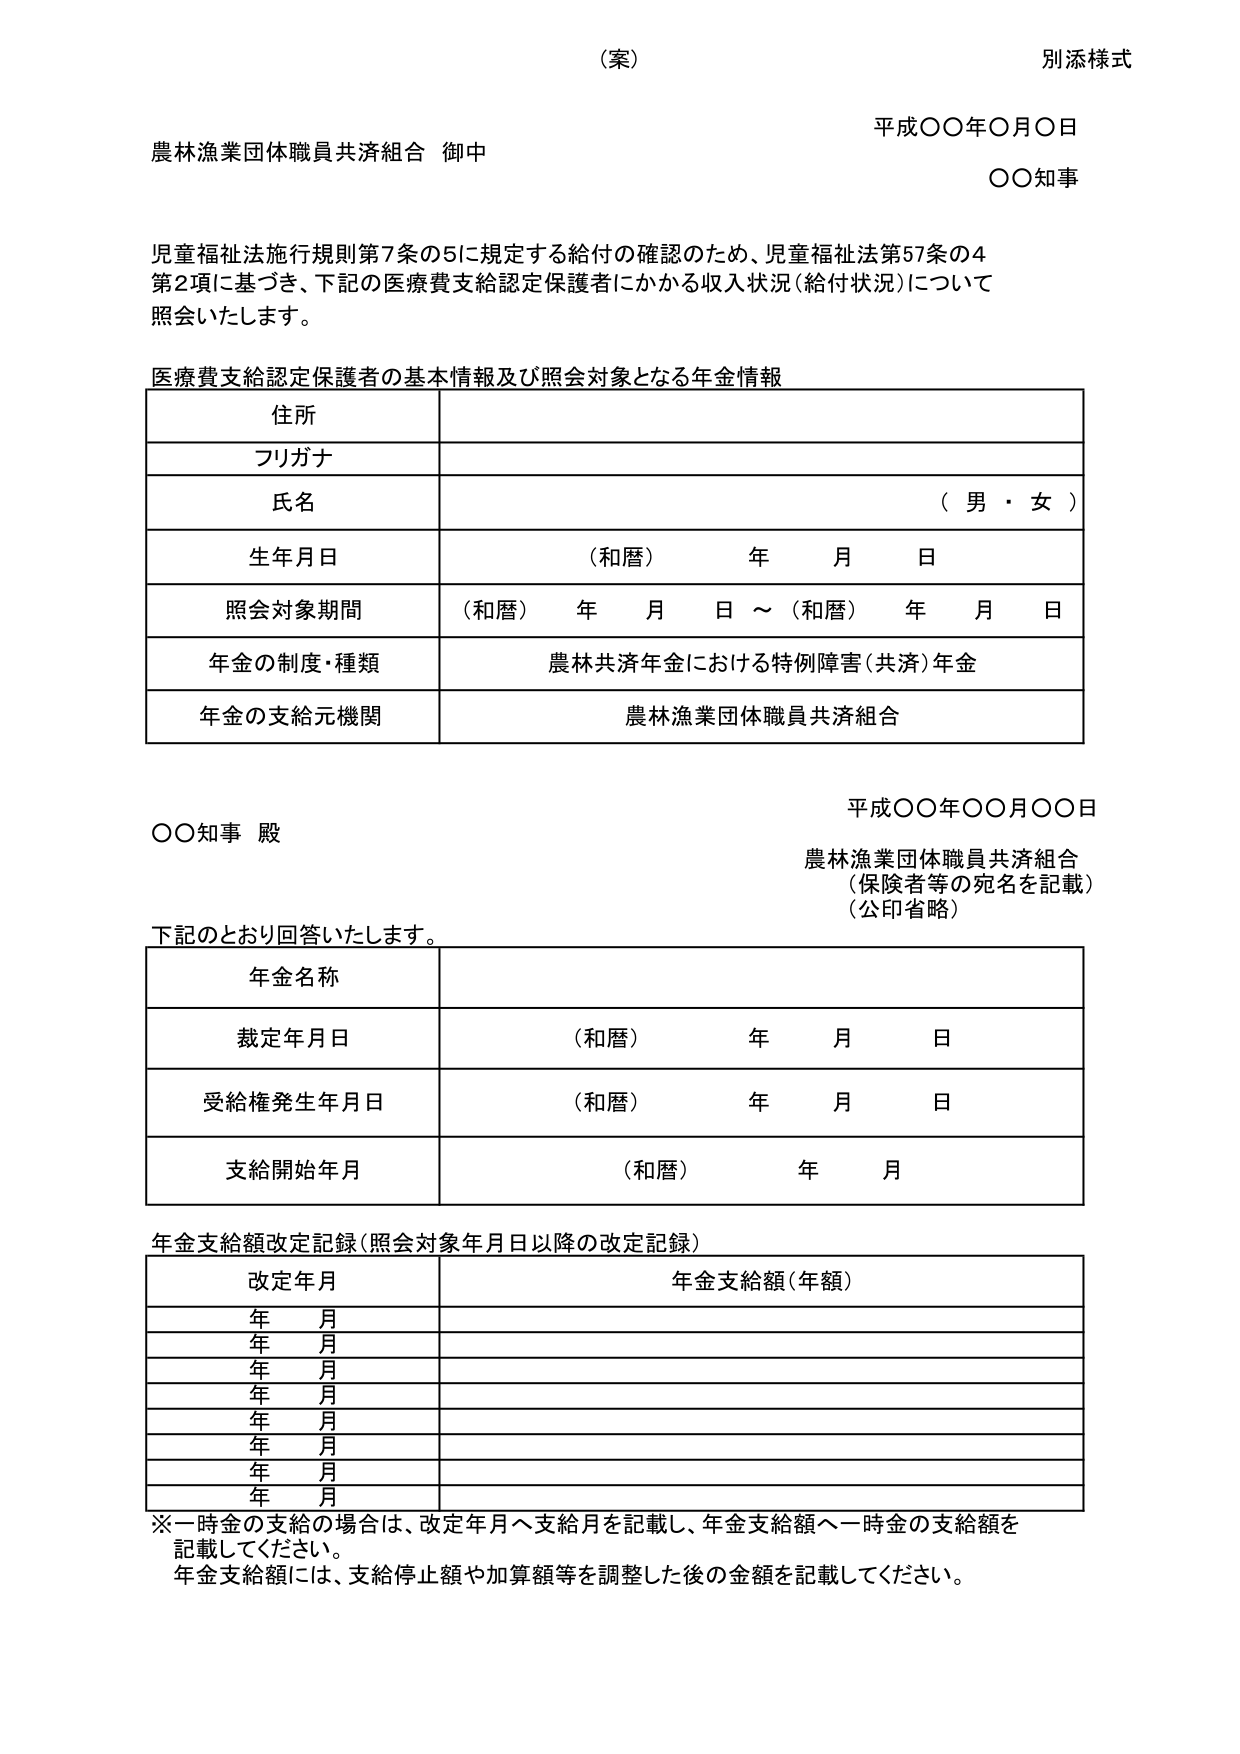
（案）
別添様式

平成〇〇年〇月〇日
農林漁業団体職員共済組合 御中
〇〇知事

児童福祉法施行規則第7条の5に規定する給付の確認のため、児童福祉法第57条の4
第2項に基づき、下記の医療費支給認定保護者にかかる収入状況（給付状況）について
照会いたします。

医療費支給認定保護者の基本情報及び照会対象となる年金情報

住所
フリガナ
氏名 （男・女）
生年月日 （和暦） 年 月 日
照会対象期間 （和暦） 年 月 日 ～ （和暦） 年 月 日
年金の制度・種類 農林共済年金における特例障害（共済）年金
年金の支給元機関 農林漁業団体職員共済組合

平成〇〇年〇〇月〇〇日
〇〇知事 殿
農林漁業団体職員共済組合
（保険者等の宛名を記載）
（公印省略）

下記のとおり回答いたします。

年金名称
裁定年月日 （和暦） 年 月 日
受給権発生年月日 （和暦） 年 月 日
支給開始年月 （和暦） 年 月

年金支給額改定記録（照会対象年月日以降の改定記録）

改定年月 年金支給額（年額）
年 月
年 月
年 月
年 月
年 月
年 月
年 月
年 月

※一時金の支給の場合は、改定年月へ支給月を記載し、年金支給額へ一時金の支給額を
記載してください。
年金支給額には、支給停止額や加算額等を調整した後の金額を記載してください。